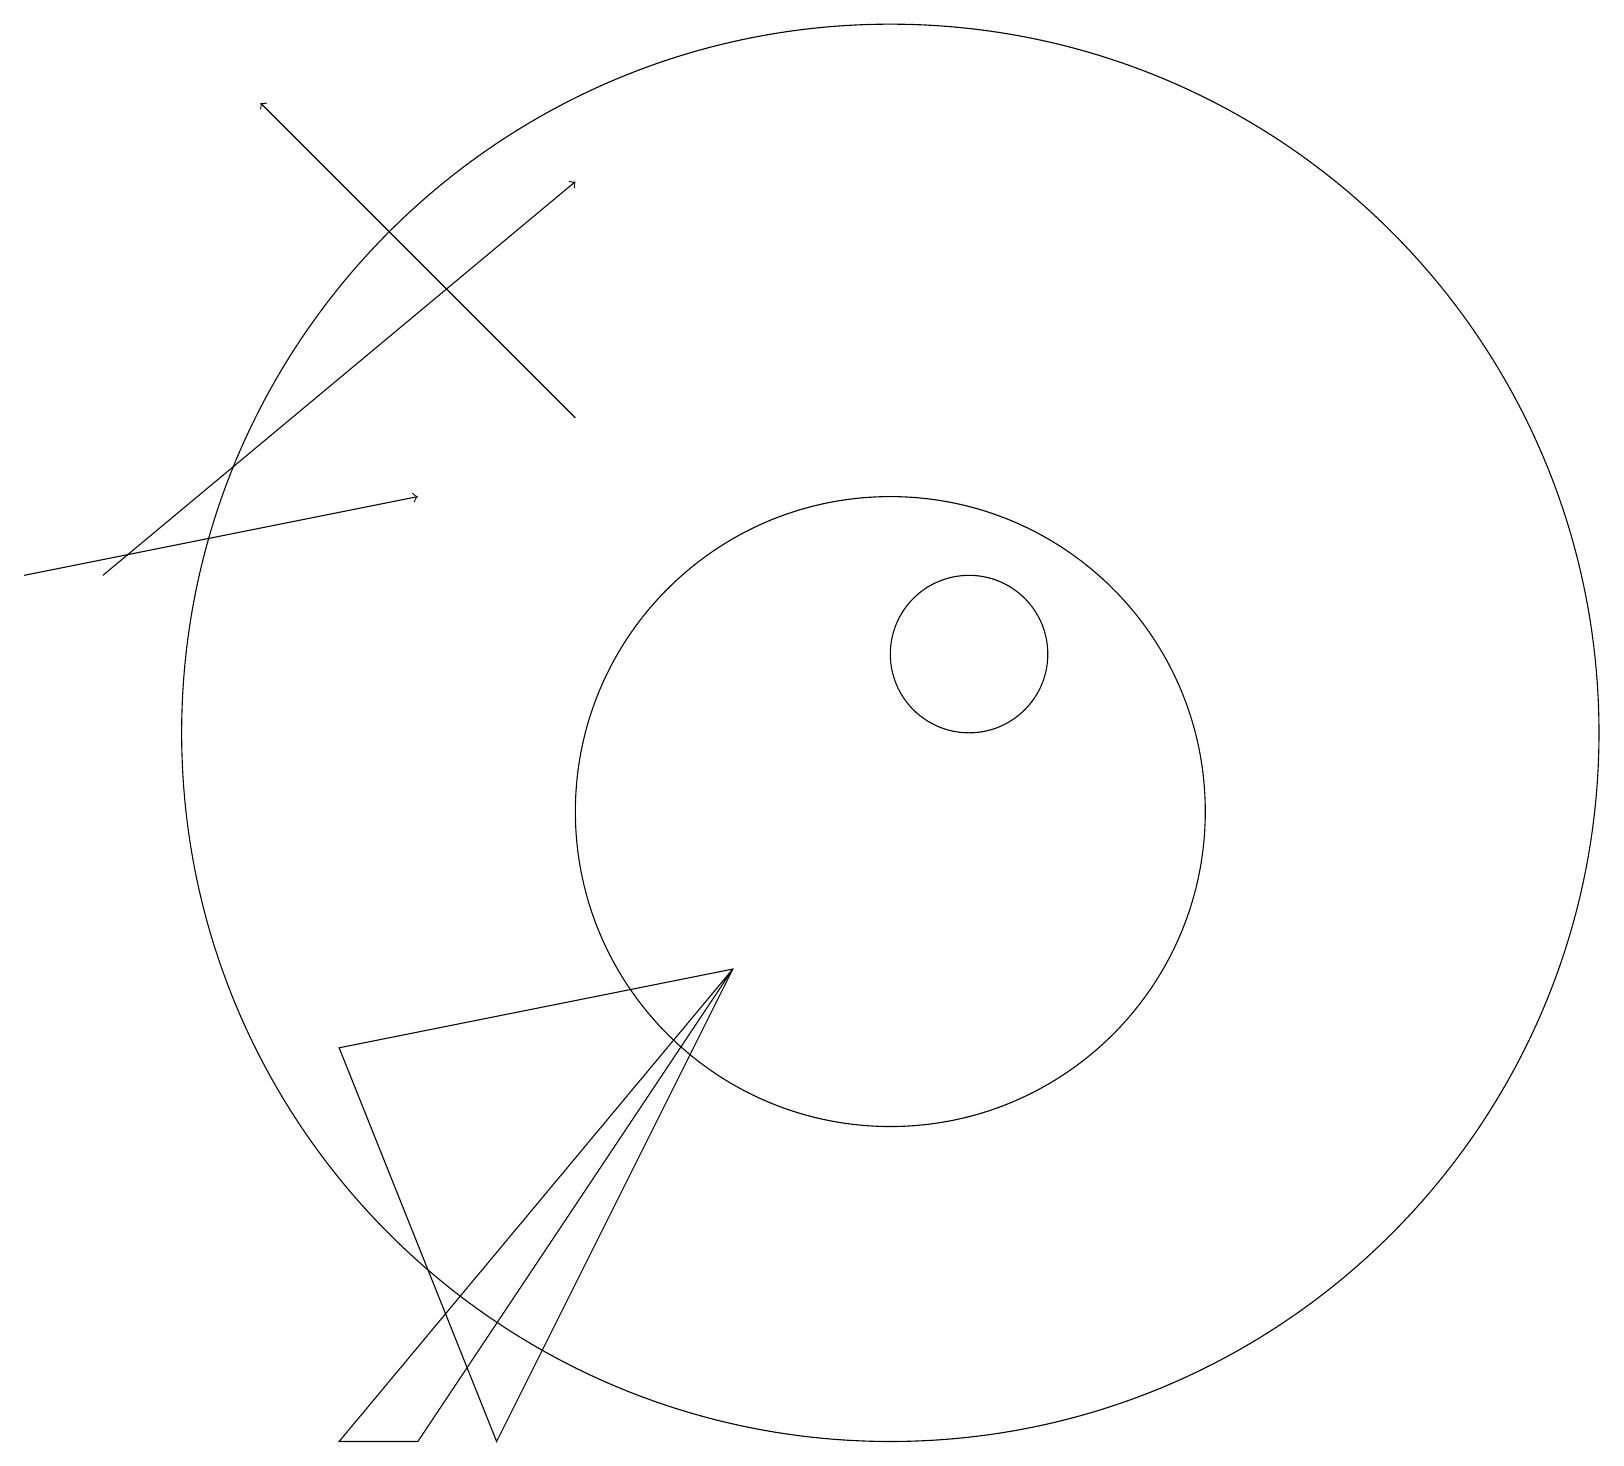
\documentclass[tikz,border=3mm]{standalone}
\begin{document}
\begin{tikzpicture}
\draw (11,10) circle (4);
\draw[->] (0,13) -- (5,14);
\draw[->] (1,13) -- (7,18);
\draw (11,11) circle (9);
\draw[->] (7,15) -- (3,19);
\draw (12,12) circle (1);
\draw (4,2) -- (9,8) -- (5,2) -- cycle;
\draw (6,2) -- (9,8) -- (4,7) -- cycle;
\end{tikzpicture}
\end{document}